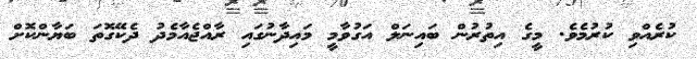
ކުރެއްވި ކުރުމެވެ. މީގެ އިތުރުން ބައިނަލް އަގުވާމީ މައިދާނުގައި ރާއްޖެއާމެދު ދެކޭގޮތަ ބަޔާންކޮށް